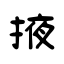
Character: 掖